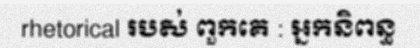
rhetorical របស់ ពួកគេ : អ្នកនិពន្ធ